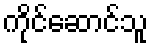
ကိုင်ဆောင်သူ